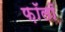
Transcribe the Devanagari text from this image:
फ़ॉलॉ